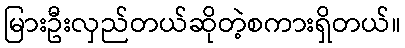
မြားဦးလှည်တယ်ဆိုတဲ့စကားရှိတယ်။